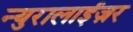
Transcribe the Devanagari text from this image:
न्युरालाईज़र